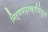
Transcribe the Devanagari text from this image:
निर्णयप्रक्रीयेतून